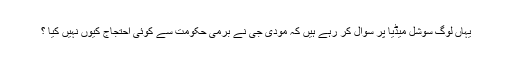
یہاں لوگ سوشل میڈیا پر سوال کر رہے ہیں کہ مودی جی نے برمی حکومت سے کوئی احتجاج کیوں نہیں کیا ؟